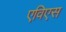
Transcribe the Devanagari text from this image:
एविएस